画像に写った文字を読んでください
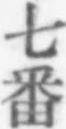
「七番」と書いてあります